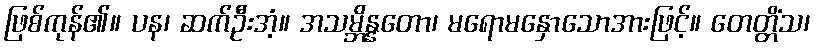
ဖြစ်ကုန်၏။ ပန၊ ဆက်ဦးအံ့။ အသမ္ဘိန္နတော၊ မရောမနှောသောအားဖြင့်။ တေတ္တိံသ၊